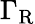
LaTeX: {\Gamma}_{\mathrm{R}}